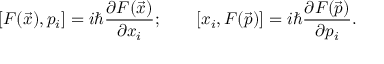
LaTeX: [ F ( { \vec { x } } ) , p _ { i } ] = i \hbar { \frac { \partial F ( { \vec { x } } ) } { \partial x _ { i } } } ; \qquad [ x _ { i } , F ( { \vec { p } } ) ] = i \hbar { \frac { \partial F ( { \vec { p } } ) } { \partial p _ { i } } } .